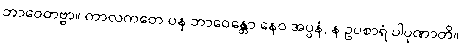
ဘာဝေတဗ္ဗာ။ ကာလကတေ ပန ဘာဝေန္တော နေဝ အပ္ပနံ, န ဥပစာရံ ပါပုဏာတိ။